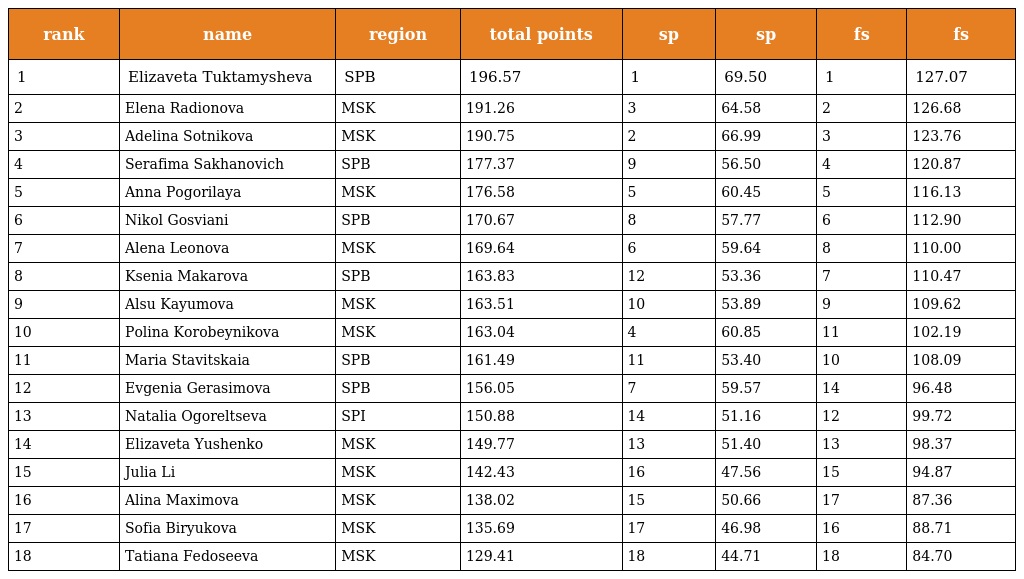
| rank | name | region | total points | sp | sp | fs | fs |
 | --- | --- | --- | --- | --- | --- | --- | --- |
 | 1 | Elizaveta Tuktamysheva | SPB | 196.57 | 1 | 69.50 | 1 | 127.07 |
 | 2 | Elena Radionova | MSK | 191.26 | 3 | 64.58 | 2 | 126.68 |
 | 3 | Adelina Sotnikova | MSK | 190.75 | 2 | 66.99 | 3 | 123.76 |
 | 4 | Serafima Sakhanovich | SPB | 177.37 | 9 | 56.50 | 4 | 120.87 |
 | 5 | Anna Pogorilaya | MSK | 176.58 | 5 | 60.45 | 5 | 116.13 |
 | 6 | Nikol Gosviani | SPB | 170.67 | 8 | 57.77 | 6 | 112.90 |
 | 7 | Alena Leonova | MSK | 169.64 | 6 | 59.64 | 8 | 110.00 |
 | 8 | Ksenia Makarova | SPB | 163.83 | 12 | 53.36 | 7 | 110.47 |
 | 9 | Alsu Kayumova | MSK | 163.51 | 10 | 53.89 | 9 | 109.62 |
 | 10 | Polina Korobeynikova | MSK | 163.04 | 4 | 60.85 | 11 | 102.19 |
 | 11 | Maria Stavitskaia | SPB | 161.49 | 11 | 53.40 | 10 | 108.09 |
 | 12 | Evgenia Gerasimova | SPB | 156.05 | 7 | 59.57 | 14 | 96.48 |
 | 13 | Natalia Ogoreltseva | SPI | 150.88 | 14 | 51.16 | 12 | 99.72 |
 | 14 | Elizaveta Yushenko | MSK | 149.77 | 13 | 51.40 | 13 | 98.37 |
 | 15 | Julia Li | MSK | 142.43 | 16 | 47.56 | 15 | 94.87 |
 | 16 | Alina Maximova | MSK | 138.02 | 15 | 50.66 | 17 | 87.36 |
 | 17 | Sofia Biryukova | MSK | 135.69 | 17 | 46.98 | 16 | 88.71 |
 | 18 | Tatiana Fedoseeva | MSK | 129.41 | 18 | 44.71 | 18 | 84.70 |